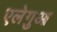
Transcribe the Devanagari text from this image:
एलेगुआ